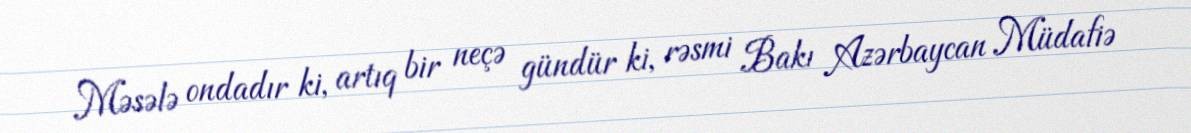
Məsələ ondadır ki, artıq bir neçə gündür ki, rəsmi Bakı Azərbaycan Müdafiə